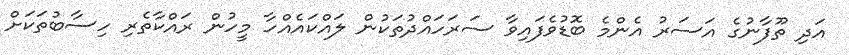
އަދި ތޫފާނުގެ އަސަރު އެންމެ ބޮޑުވެފައިވާ ސަރަހައްދުތަކުން ލައްކައެއްހާ މީހުން ރައްކާތެރި ހިސާބުތަކަށް